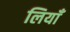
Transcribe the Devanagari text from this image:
लियाँ